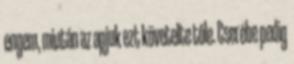
engem, miután az apjuk ezt követelte tőle. Cserébe pedig